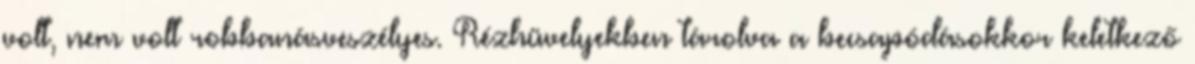
volt, nem volt robbanásveszélyes. Rézhüvelyekben tárolva a becsapódásokkor keletkező